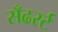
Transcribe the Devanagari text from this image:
सँढर्स्ट